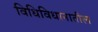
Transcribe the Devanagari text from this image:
विधिविधानातील